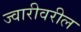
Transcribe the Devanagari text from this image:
ज्वारीवरील